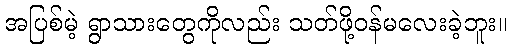
အပြစ်မဲ့ ရွာသားတွေကိုလည်း သတ်ဖို့ဝန်မလေးခဲ့ဘူး။